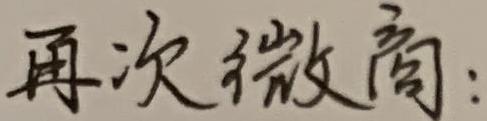
再次微商：